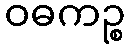
ဝဓကဉ္စ